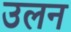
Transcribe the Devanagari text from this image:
उलन